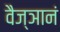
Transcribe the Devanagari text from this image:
वैज्ञानं